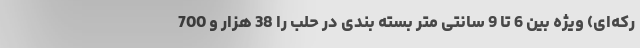
رکه‌ای) ویژه بین 6 تا 9 سانتی متر بسته بندی در حلب را 38 هزار و 700